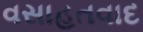
વસાહતવાદ